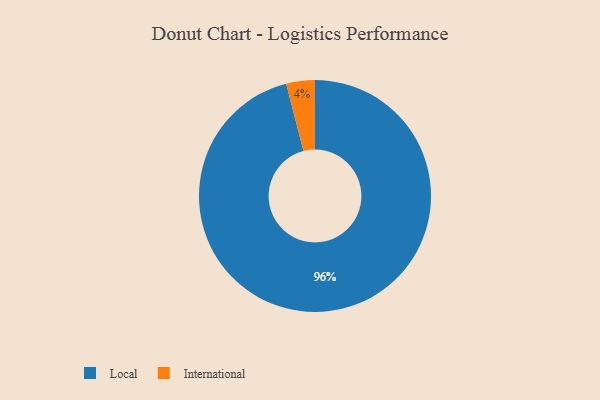
{"axis": {"x": "Category", "y": "Percentage"}, "legend": ["International", "Local"], "data": [{"x": "Local", "y": 96, "type": "Local"}, {"x": "International", "y": 4, "type": "International"}]}